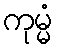
ကုမ္မံ